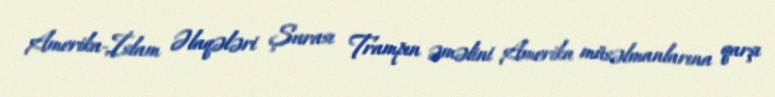
Amerika-İslam Əlaqələri Şurası Trampın əməlini Amerika müsəlmanlarına qarşı